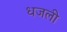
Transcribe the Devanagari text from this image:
धजली